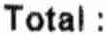
TOTAL :